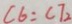
C 6 = C 7 _ { 2 }